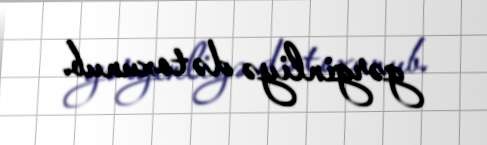
gərginliyə də toxunub.